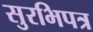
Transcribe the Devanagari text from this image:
सुरभिपत्र